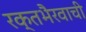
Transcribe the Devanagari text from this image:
रक्तभैरवाची